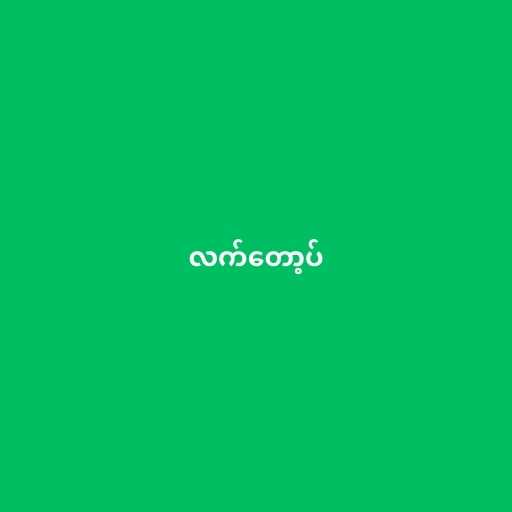
လက်တော့ပ်